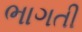
ભાગતી